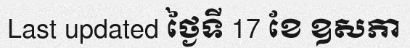
Last updated ថ្ងៃទី 17 ខែ ឧសភា